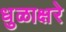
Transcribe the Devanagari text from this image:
धुळाक्षरे